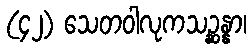
(၄၂) သေတဝါလုကသဉ္ဆန္နာ၊